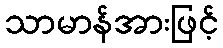
သာမာန်အားဖြင့်